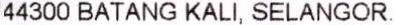
44300 BATANG KALI, SELANGOR.